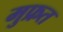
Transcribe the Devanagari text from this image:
मुफ्रत